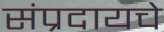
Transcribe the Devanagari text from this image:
संप्रदायचे